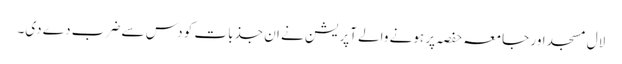
لال مسجد اور جامعہ حفصہ پر ہونے والے آپریشن نے ان جذبات کو دس سے ضرب دے دی۔